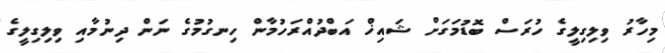
މިހާރު ވިލިގިލީގެ ހުރަސް ބޮޑުމަގަށް ޝައިޚް އަބްދުއްރަހުމާން ހިނގުމުގެ ނަން ދިނުމާއި ވިލިގިލީގެ